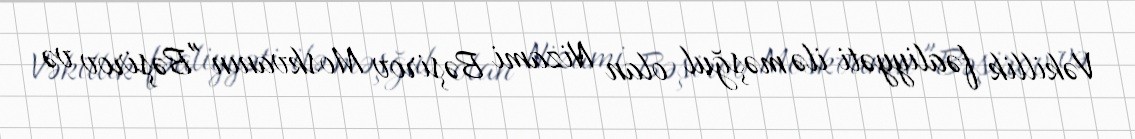
Vəkillik fəaliyyəti ilə məşğul olan Nizami Bəşirov Moskvanın "Bəşirov və